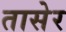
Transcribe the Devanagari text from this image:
तासेर